Report of the Indian Hemp Drugs Commission, 1894-1895 - Volume VIII
Year: 1894
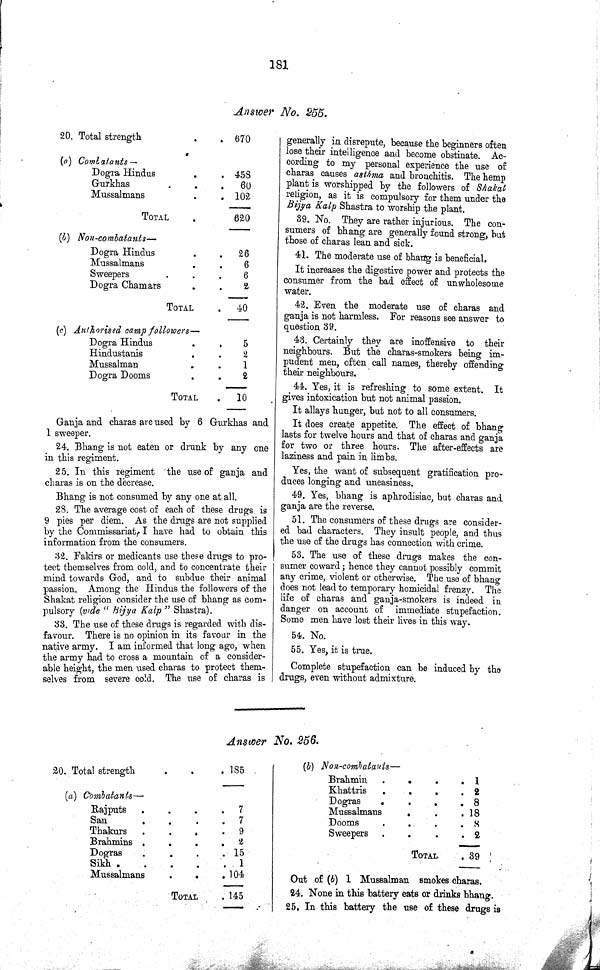
181
Answer No. 255.
20. Total strength
670
(a) Combatants—
Dogra Hindus
453
Gurkhas
60
Mussalmans
102
TOTAL
620
(b) Non-combatants—
Dogra Hindus
26
Mussalmans
6
Sweepers
6
Dogra Chamars
2
TOTAL
40
(c) Authorised camp followers—
Dogra Hindus
5
Hindustanis
2
Mussalman
1
Dogra Dooms
2
TOTAL
10
Ganja and charas are used by 6 Gurkhas and
1 sweeper.
24. Bhang is not eaten or drunk by any one
in this regiment.
25. In this regiment the use of ganja and
charas is on the decrease.
Bhang is not consumed by any one at all.
28. The average cost of each of these drugs is
9 pies per diem. As the drugs are not supplied
by the Commissariat. I have had to obtain this
information from the consumers.
32. Fakirs or medicants use these drugs to pro¬
tect themselves from cold, and to concentrate their
mind towards God, and to subdue their animal
passion. Among the Hindus the followers of the
Shakat religion consider the use of bhang as com¬
pulsory (vide "Bijya Kalp" Shastra).
33. The use of these drugs is regarded with dis¬
favour. There is no opinion in its favour in the
native army. I am informed that long ago, when
the army had to cross a mountain of a consider-
able height, the men used charas to protect them-
selves from severe cold. The use of charas is
generally in disrepute, because the beginners often
lose their intelligence and become obstinate. Ac¬
cording to my personal experience the use of
charas causes asthma and bronchitis. The hemp
plant is worshipped by the followers of Shakat
religion, as it is compulsory for them under the
Bijya Kalp Shastra to worship the plant.
39. No. They are rather injurious. The con¬
sumers of bhang are generally found strong, but
those of charas lean and sick.
41. The moderate use of bhang is beneficial.
It increases the digestive power and protects the
consumer from the bad effect of unwholesome
water.
42. Even the moderate use of charas and
ganja is not harmless. For reasons see answer to
question 39.
43. Certainly they are inoffensive to their
neighbours. But the charas-smokers being im¬
pudent men, often call names, thereby offending
their neighbours.
44. Yes, it is refreshing to some extent. It
gives intoxication but not animal passion.
It allays hunger, but not to all consumers.
It does create appetite. The effect of bhang
lasts for twelve hours and that of charas and ganja
for two or three hours. The after-effects are
laziness and pain in limbs.
Yes, the want of subsequent gratification pro¬
duces longing and uneasiness.
49. Yes, bhang is aphrodisiac, but charas and
ganja are the reverse.
51. The consumers of these drugs are consider¬
ed bad characters. They insult people, and thus
the use of the drugs has connection with crime.
53. The use of these drugs makes the con¬
sumer coward; hence they cannot possibly commit
any crime, violent or otherwise. The use of bhang
does not lead to temporary homicidal frenzy. The
life of charas and ganja-smokers is indeed in
danger on account of immediate stupefaction.
Some men have lost their lives in this way.
54. No.
55. Yes, it is true.
Complete stupefaction can be induced by the
drugs, even without admixture.
Answer No. 256.
20. Total strength
185
(a) Combatants—
Rajputs
7
San
7
Thakurs
9
Brahmins
2
Dogras
15
Sikh
1
Mussalmans
104
TOTAL
145
(b) Non-combatants—
Brahmin
1
Khattris
2
Dogras
8
Mussalmans
18
Dooms
8
Sweepers
2
TOTAL
39
Out of (b) 1 Mussalman smokes charas.
24. None in this battery eats or drinks bhang.
25. In this battery the use of these drugs is